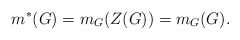
\begin{align*}m^*(G)=m_G(Z(G))=m_G(G).\end{align*}